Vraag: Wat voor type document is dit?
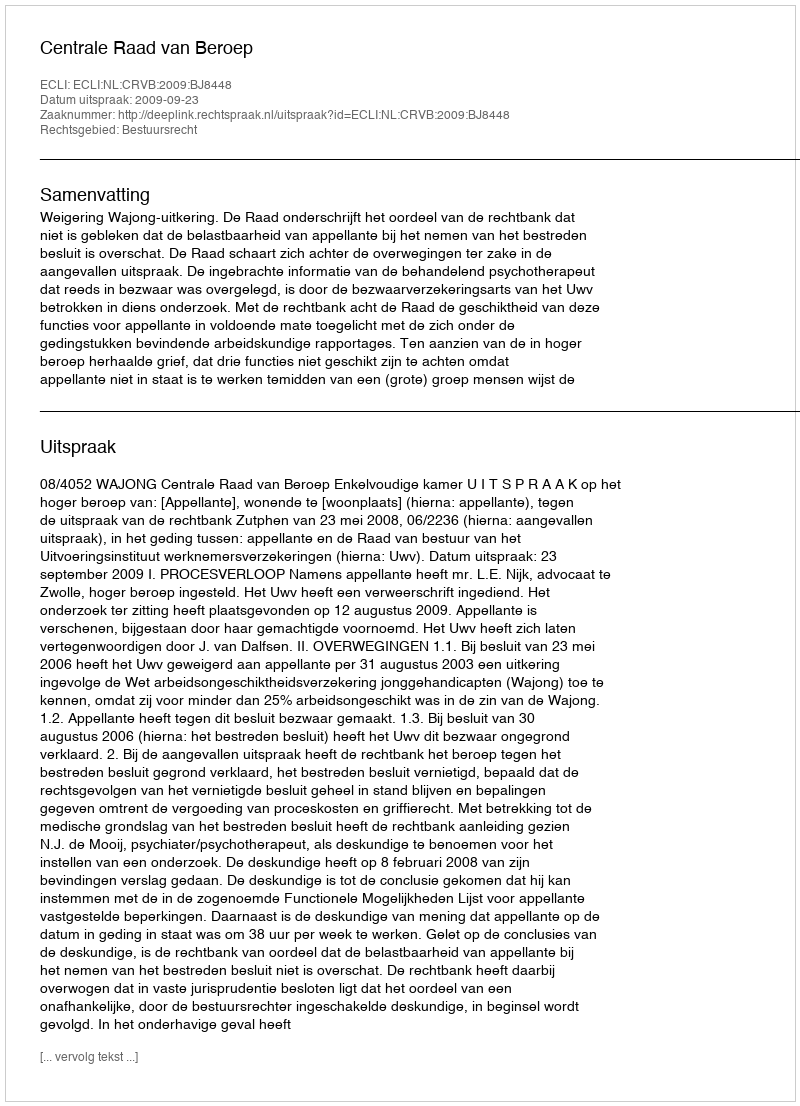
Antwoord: Uitspraak